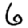
Digit: 6